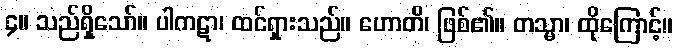
၄။ သည်ရှိသော်။ ပါကဋာ၊ ထင်ရှားသည်။ ဟောတိ၊ ဖြစ်၏။ တသ္မာ၊ ထိုကြောင့်။